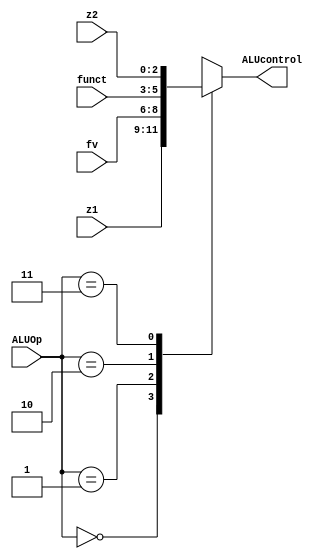
//Controle_da_ULA
module controle_da_ULA( z1, fv, funct, z2, ALUOp, ALUcontrol);
						
	input [2:0] z1, fv, z2, funct;
	input [1:0] ALUOp;
	output reg [2:0] ALUcontrol;

	always @(*)
	begin
			case(ALUOp)
				2'b00: ALUcontrol = z1;
				2'b01: ALUcontrol = fv;
				2'b10: ALUcontrol = funct;
				2'b11: ALUcontrol = z2;
			endcase
	end
	
endmodule